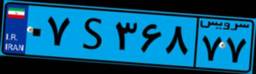
۰۷S۳۶۸۷۷